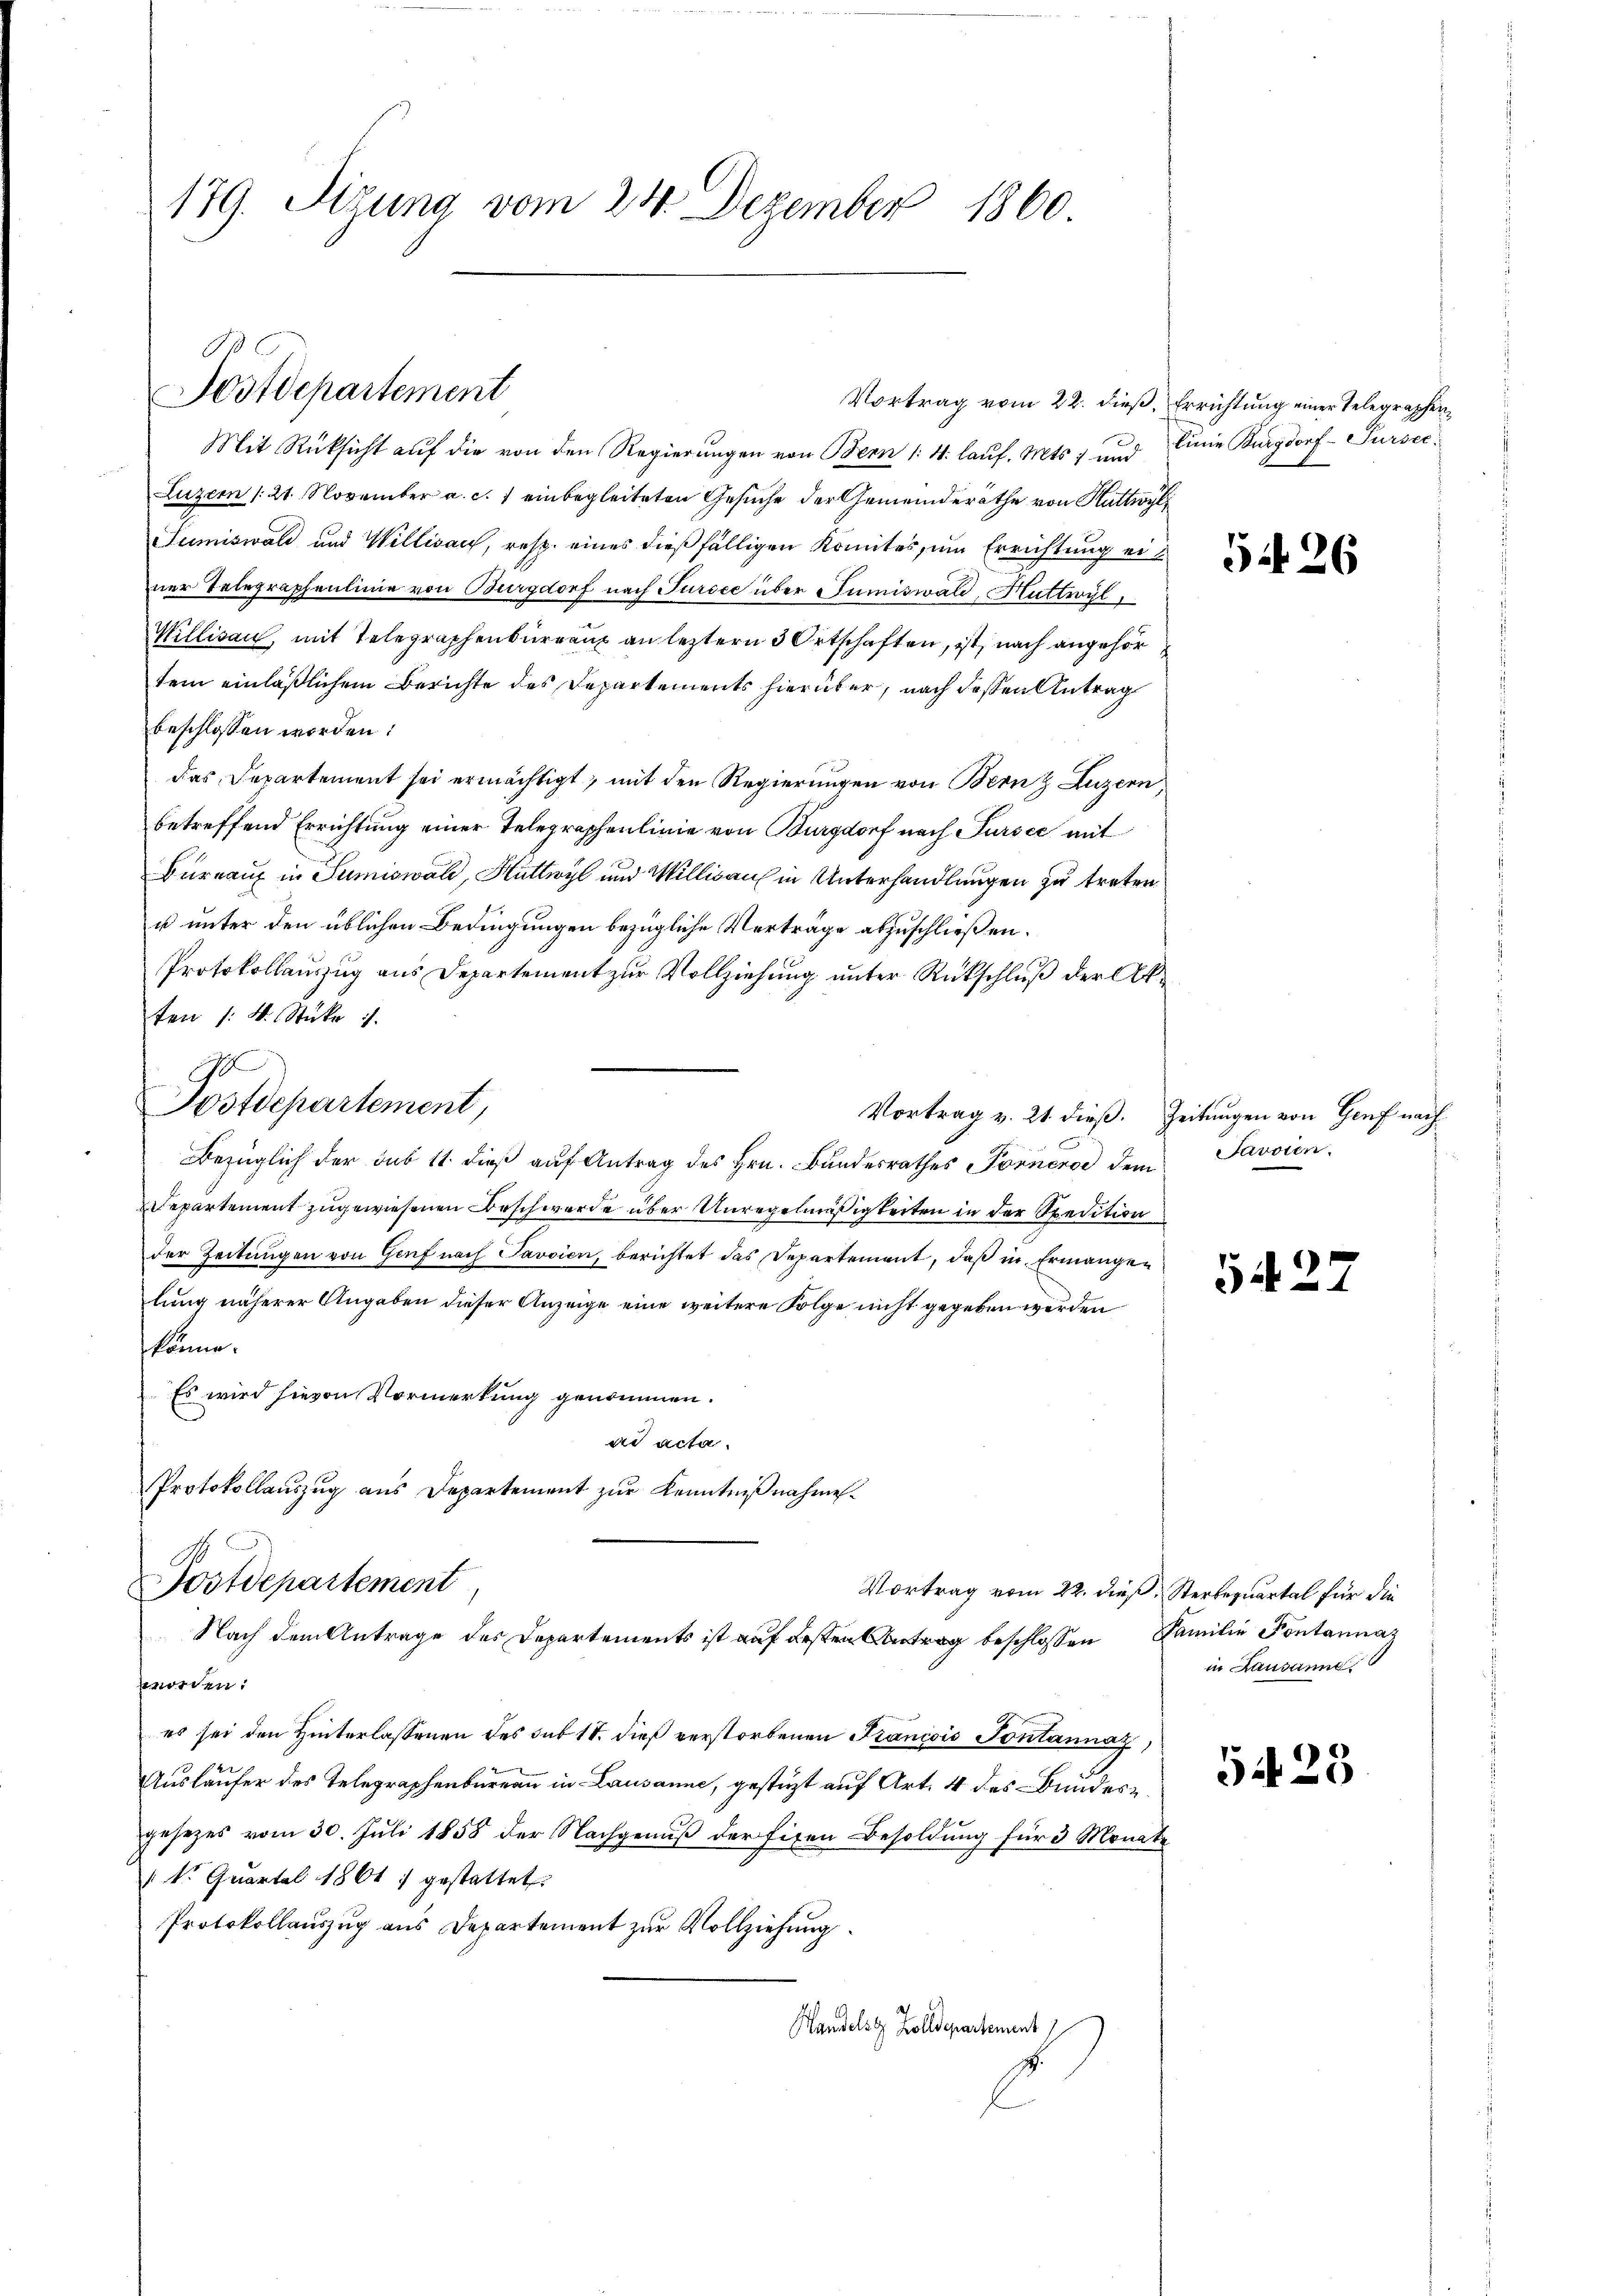
179. Sizung vom 24. Dezember 1860

Postdepartement

Vortrag vom 22. dieß, Errichtung einer Telegraphen¬
Mit Rüksicht auf die von den Regierungen von Bern /: 4. lauf. Mts. und Einie Burgdorf-Purser
Luzern /:21. November a. c. 1 einbegleiteten Gesuche der Gemeinderäthe von Huttwyl
Sumiswald und Willisau, resp. eines dießfälligen Komites, um Errichtung einer Telegraphenlinie von Burgdorf nach Sursee über Sumiswald, Huttwyl,
Willisau, mit Telegraphenburrang an letztern 3 Ortschaften, ist, nach angehör
tem einläßlichem Berichte des Departements hierüber, nach dessen Antrag
beschlossen worden:
das Departement sei ermächtigt, mit den Regierungen von Bern & Luzern,
betreffend Errichtung einer Telegraphenlinie von Burgdorf nach Sursee mit
Bureaux in Sumiswald, Huttwyl und Willisau in Unterhandlungen zu treten.
u unter den üblichen Bedingungen bezügliche Verträge abzuschließen.
Protokollauszug aus Departement zur Vollziehung unter Rückschluß der Akten /: M. Stüke 1.
d
Postdepartement,
Bezüglich der sub 11. dieß auf Antrag des Hrn. Bundesrathes Fornere dem
Departement zugewiesenen Beschwerde über Unregelmäßigkeiten in der Spedition
der Zeitungen von Genf nach Savsien, berichtet das Departement, daß in Ermangen
lung näherer Angaben dieser Anzeige eine weitere Folge nicht gegeben werden
könne.
Es wird hievon Vormerkung genommen.
ad acta.
Protokollauszug aus Departement zur Kenntnißnahmen.
S.
Postdepartement
Vortrag vom 22. dieß Sterbequartal für die
Nach dem Antrage des Departements ist auf beschlossen Familie Pontanna
morden:
es sei den Hinterlassenen des sub 17. dieß verstorbenen Tranicis Pontannaz,
Ausläufer des Telegraphenbureau in Lausanne, gestüzt auf Art. 4 des Bundesgesezes vom 30. Juli 1858 der Nachgenuß der Eisen Besoldung für 3 Monate
 kr. Quartal 1861 gestattet.
Protokollauszug aus Departement zur Vollziehung.
Handelst Zolldepartement

5426

Vortrag v. 21. dieß. Zeitungen von Genf nach
Javsien.

527

in Lausanne.

5428